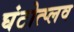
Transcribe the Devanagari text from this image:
घंटोत्प्लव